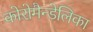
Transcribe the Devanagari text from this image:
कोरोमैन्डेलिका